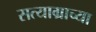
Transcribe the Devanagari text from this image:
सत्याग्राच्या